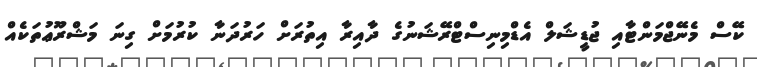
ކޭސް މެނޭޖްމަންޓާއި ޖުޑީޝަލް އެޑްމިނިސްޓްރޭޝަނުގެ ދާއިރާ އިތުރަށް ހަރުދަނާ ކުރުމަށް ގިނަ މަޝްރޫޢުތަކެއް